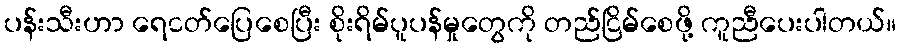
ပန်းသီးဟာ ရေငတ်ပြေစေပြီး စိုးရိမ်ပူပန်မှုတွေကို တည်ငြိမ်စေဖို့ ကူညီပေးပါတယ်။